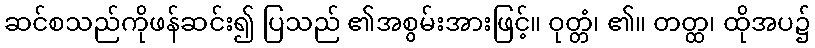
ဆင်စသည်ကိုဖန်ဆင်း၍ ပြသည် ၏အစွမ်းအားဖြင့်။ ဝုတ္တံ၊ ၏။ တတ္ထ၊ ထိုအပ၌